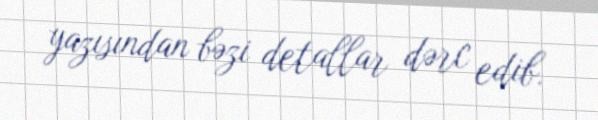
yazısından bəzi detallar dərc edib.